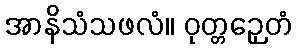
အာနိသံသဖလံ။ ဝုတ္တဉှေတံ